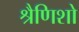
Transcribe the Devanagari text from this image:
श्रैणिशो